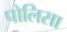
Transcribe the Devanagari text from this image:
पोलिसा